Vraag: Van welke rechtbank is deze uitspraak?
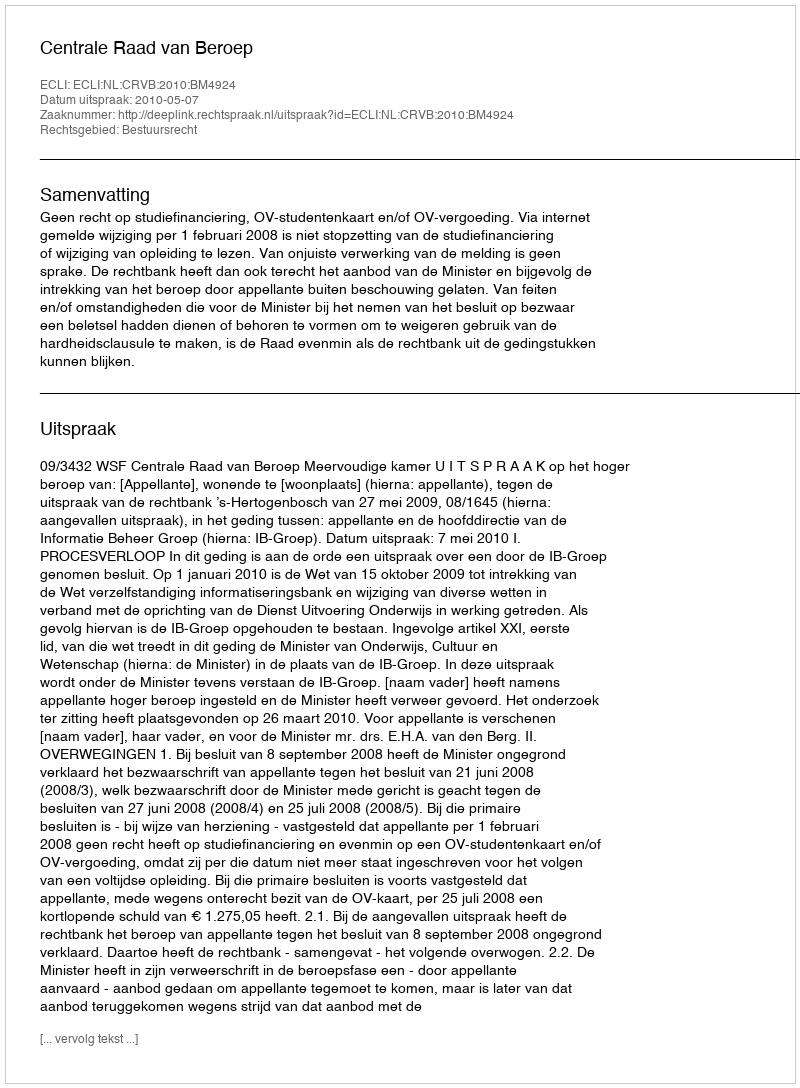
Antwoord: Centrale Raad van Beroep